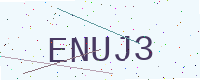
Text: ENUJ3